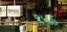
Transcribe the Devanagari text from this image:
९५ऽ